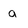
Character: a